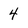
Character: 4